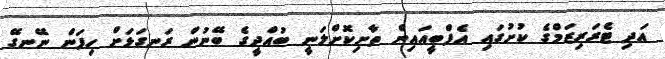
އަދި ޓެރަރިޒަމްގެ ކުށުގައި އެފްބީއައިން ތާށިކޮށްލަނީ ބުއްދީގެ ބޭނުން ރަނގަޅަށް ހިފަން ނޭނގޭ